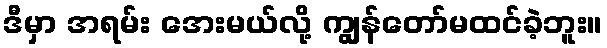
ဒီမှာ အရမ်း အေးမယ်လို့ ကျွန်တော်မထင်ခဲ့ဘူး။